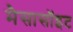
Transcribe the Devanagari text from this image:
मैसासॉइट